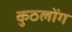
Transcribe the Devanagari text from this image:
कुठलोंग